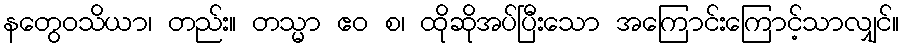
နတွေဝသိယာ၊ တည်း။ တသ္မာ ဧဝ စ၊ ထိုဆိုအပ်ပြီးသော အကြောင်းကြောင့်သာလျှင်။